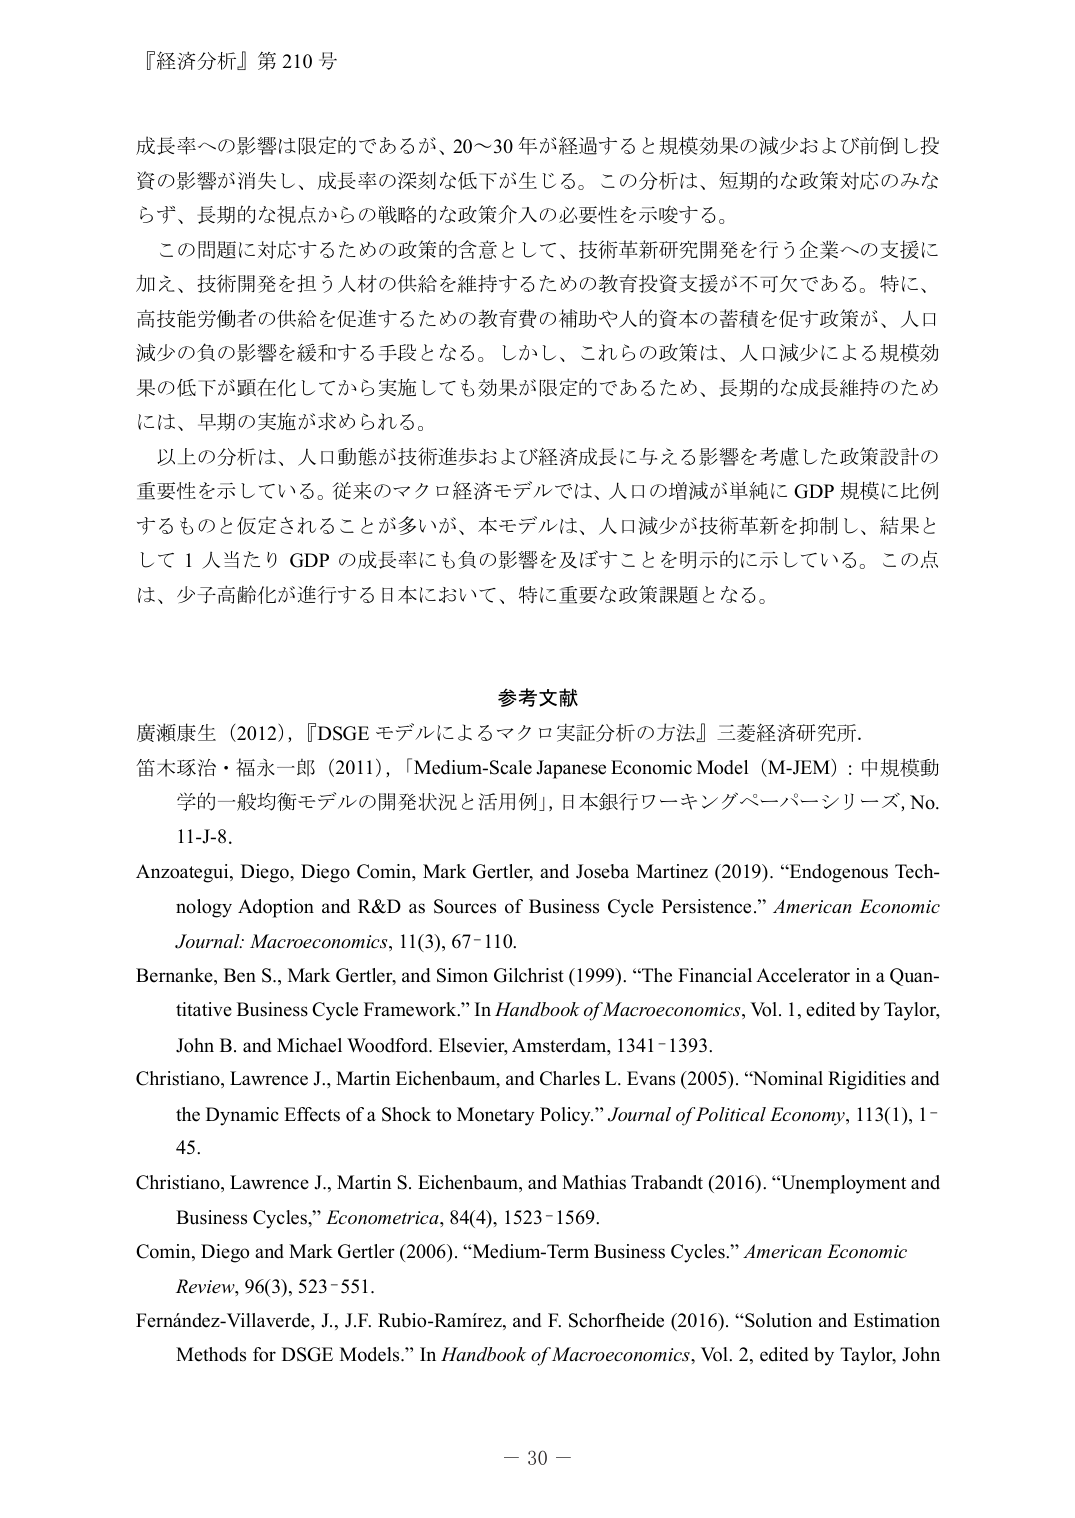
『経済分析』第210号

成長率への影響は限定的であるが、20～30年が経過すると規模効果の減少および前倒し投資の影響が消失し、成長率の深刻な低下が生じる。この分析は、短期的な政策対応のみならず、長期的な視点からの戦略的な政策介入の必要性を示唆する。

この問題に対応するための政策的含意として、技術革新研究開発を行う企業への支援に加え、技術開発を担う人材の供給を維持するための教育投資支援が不可欠である。特に、高技能労働者の供給を促進するための教育費の補助や人的資本の蓄積を促す政策が、人口減少の負の影響を緩和する手段となる。しかし、これらの政策は、人口減少による規模効果の低下が顕在化してから実施しても効果が限定的であるため、長期的な成長維持のためには、早期の実施が求められる。

以上の分析は、人口動態が技術進歩および経済成長に与える影響を考慮した政策設計の重要性を示している。従来のマクロ経済モデルでは、人口の増減が単純にGDP規模に比例するものと仮定されることが多いが、本モデルは、人口減少が技術革新を抑制し、結果として1人当たりGDPの成長率に負の影響を及ぼすことを明示的に示している。この点は、少子高齢化が進行する日本において、特に重要な政策課題となる。

参考文献

廣瀬康生（2012），『DSGEモデルによるマクロ実証分析の方法』三菱経済研究所。

笛木琢治・福永一郎（2011），「Medium-Scale Japanese Economic Model（M-JEM）：中規模動学的一般均衡モデルの開発状況と活用例」，日本銀行ワーキングペーパーシリーズ，No. 11-J-8。

Anzoategui, Diego, Diego Comin, Mark Gertler, and Joseba Martinez (2019). “Endogenous Technology Adoption and R&D as Sources of Business Cycle Persistence.” American Economic Journal: Macroeconomics, 11(3), 67–110.

Bernanke, Ben S., Mark Gertler, and Simon Gilchrist (1999). “The Financial Accelerator in a Quantitative Business Cycle Framework.” In Handbook of Macroeconomics, Vol. 1, edited by Taylor, John B. and Michael Woodford. Elsevier, Amsterdam, 1341–1393.

Christiano, Lawrence J., Martin Eichenbaum, and Charles L. Evans (2005). “Nominal Rigidities and the Dynamic Effects of a Shock to Monetary Policy.” Journal of Political Economy, 113(1), 1–45.

Christiano, Lawrence J., Martin S. Eichenbaum, and Mathias Trabandt (2016). “Unemployment and Business Cycles,” Econometrica, 84(4), 1523–1569.

Comin, Diego and Mark Gertler (2006). “Medium-Term Business Cycles.” American Economic Review, 96(3), 523–551.

Fernández-Villaverde, J., J.F. Rubio-Ramírez, and F. Schorfheide (2016). “Solution and Estimation Methods for DSGE Models.” In Handbook of Macroeconomics, Vol. 2, edited by Taylor, John

－ 30 －